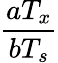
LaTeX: \frac{aT_{x}}{bT_{s}}